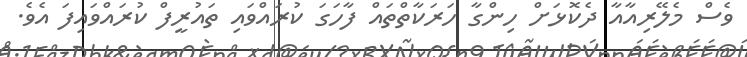
ވެސް މެލޭރިއާއާ ދެކޮޅަށް ހިންގާ ހަރަކާތްތައް ފާހަގަ ކުރައްވައި ތައުރީފް ކުރައްވައިފަ އެވެ.